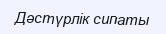
Дәстүрлік сипаты